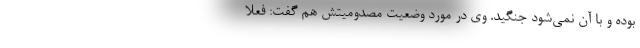
بوده و با آن نمی‌شود جنگید. وی در مورد وضعیت مصدومیتش هم گفت: فعلاً